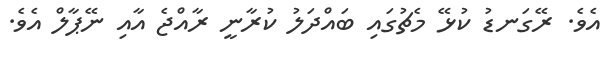
އެވެ. ރޭގަނޑު ކުޅޭ މެޗުގައި ބައްދަލު ކުރާނީ ރާއްޖެ އާއި ނޭޕާލް އެވެ.